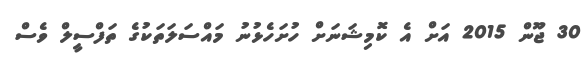
30 ޖޫން 2015 އަށް އެ ކޮމިޝަނަށް ހުށަހެޅުނު މައްސަލަތަކުގެ ތަފްސީލް ވެސް